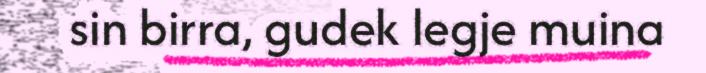
sin birra, gudek legje muina